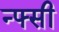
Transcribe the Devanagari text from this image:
न्फ्सी